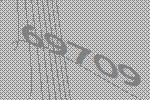
69709